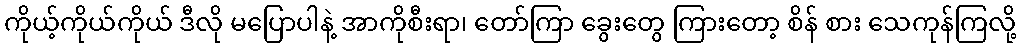
ကိုယ့်ကိုယ်ကိုယ် ဒီလို မပြောပါနဲ့ အာကိုစီးရာ၊ တော်ကြာ ခွေးတွေ ကြားတော့ စိန် စား သေကုန်ကြလို့